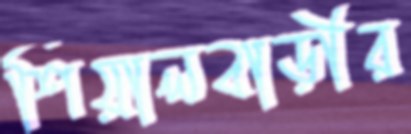
শিয়ালবাড়ীর